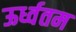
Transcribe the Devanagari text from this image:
ऊर्ध्वतम